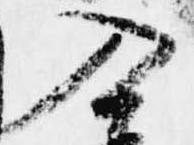
入